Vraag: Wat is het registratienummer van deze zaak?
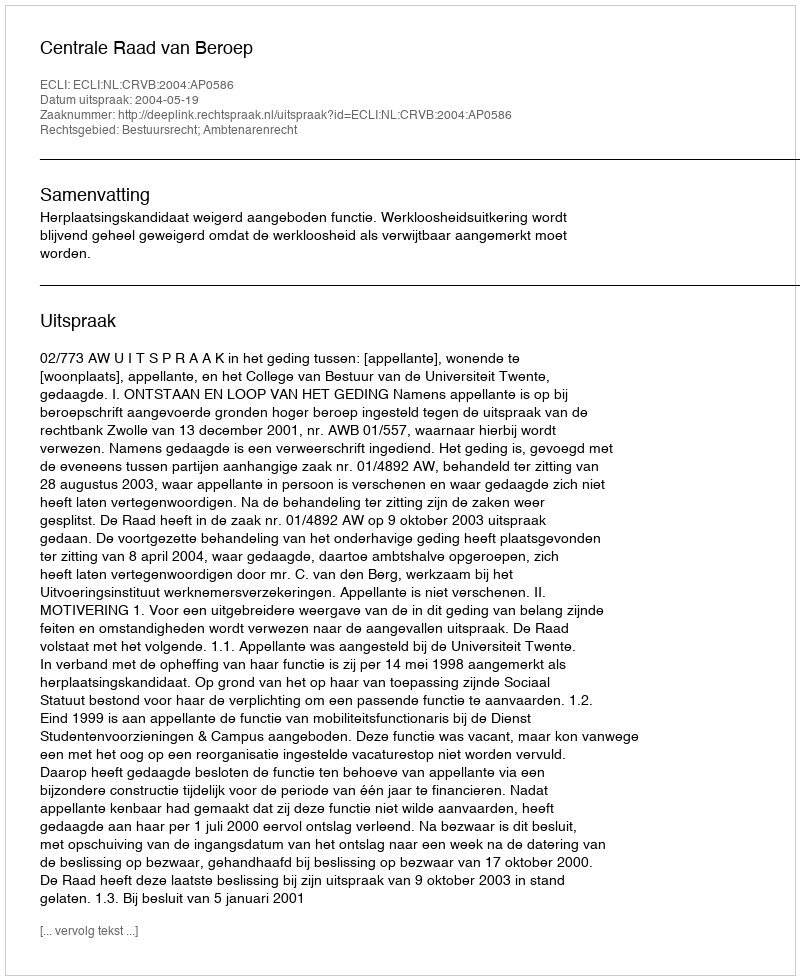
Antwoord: http://deeplink.rechtspraak.nl/uitspraak?id=ECLI:NL:CRVB:2004:AP0586